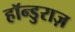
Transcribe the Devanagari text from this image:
हॉन्डुराज़